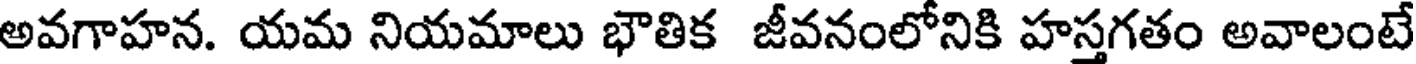
అవగాహన. యమ నియమాలు భౌతిక జీవనంలోనికి హస్తగతం అవాలంటే